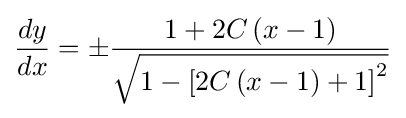
{\frac {dy}{dx}}=\pm {\frac {1+2C\left(x-1\right)}{\sqrt {1-\left[2C\left(x-1\right)+1\right]^{2}}}}